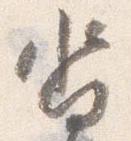
沓